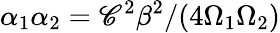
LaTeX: \alpha_{1}\alpha_{2}=\mathscr{C}^{2}\beta^{2}/(4\Omega_{1}\Omega_{2})